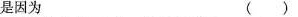
是因为 ()